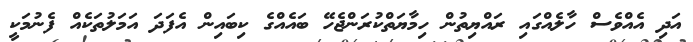
އަދި އެއްވެސް ހާލެއްގައި ރައްޔިތުން ހިމާޔަތްކުރަންޖެހޭ ބައެއްގެ ކިބައިން އެފަދަ އަމަލުތަކެއް ފެނުމަކީ